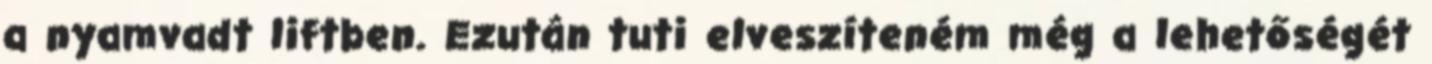
a nyamvadt liftben. Ezután tuti elveszíteném még a lehetőségét